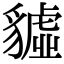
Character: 𧴆